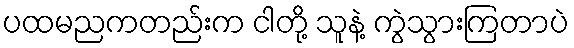
ပထမညကတည်းက ငါတို့ သူနဲ့ ကွဲသွားကြတာပဲ